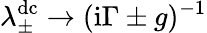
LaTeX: \lambda_{\pm}^{\mathrm{dc}}\rightarrow(\mathrm{i}\Gamma\pm g)^{-1}